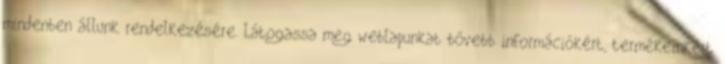
mindenben állunk rendelkezésére. Látogassa meg weblapunkat bővebb információkért, termékeinkért